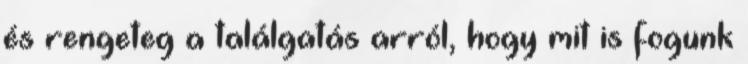
és rengeteg a találgatás arról, hogy mit is fogunk